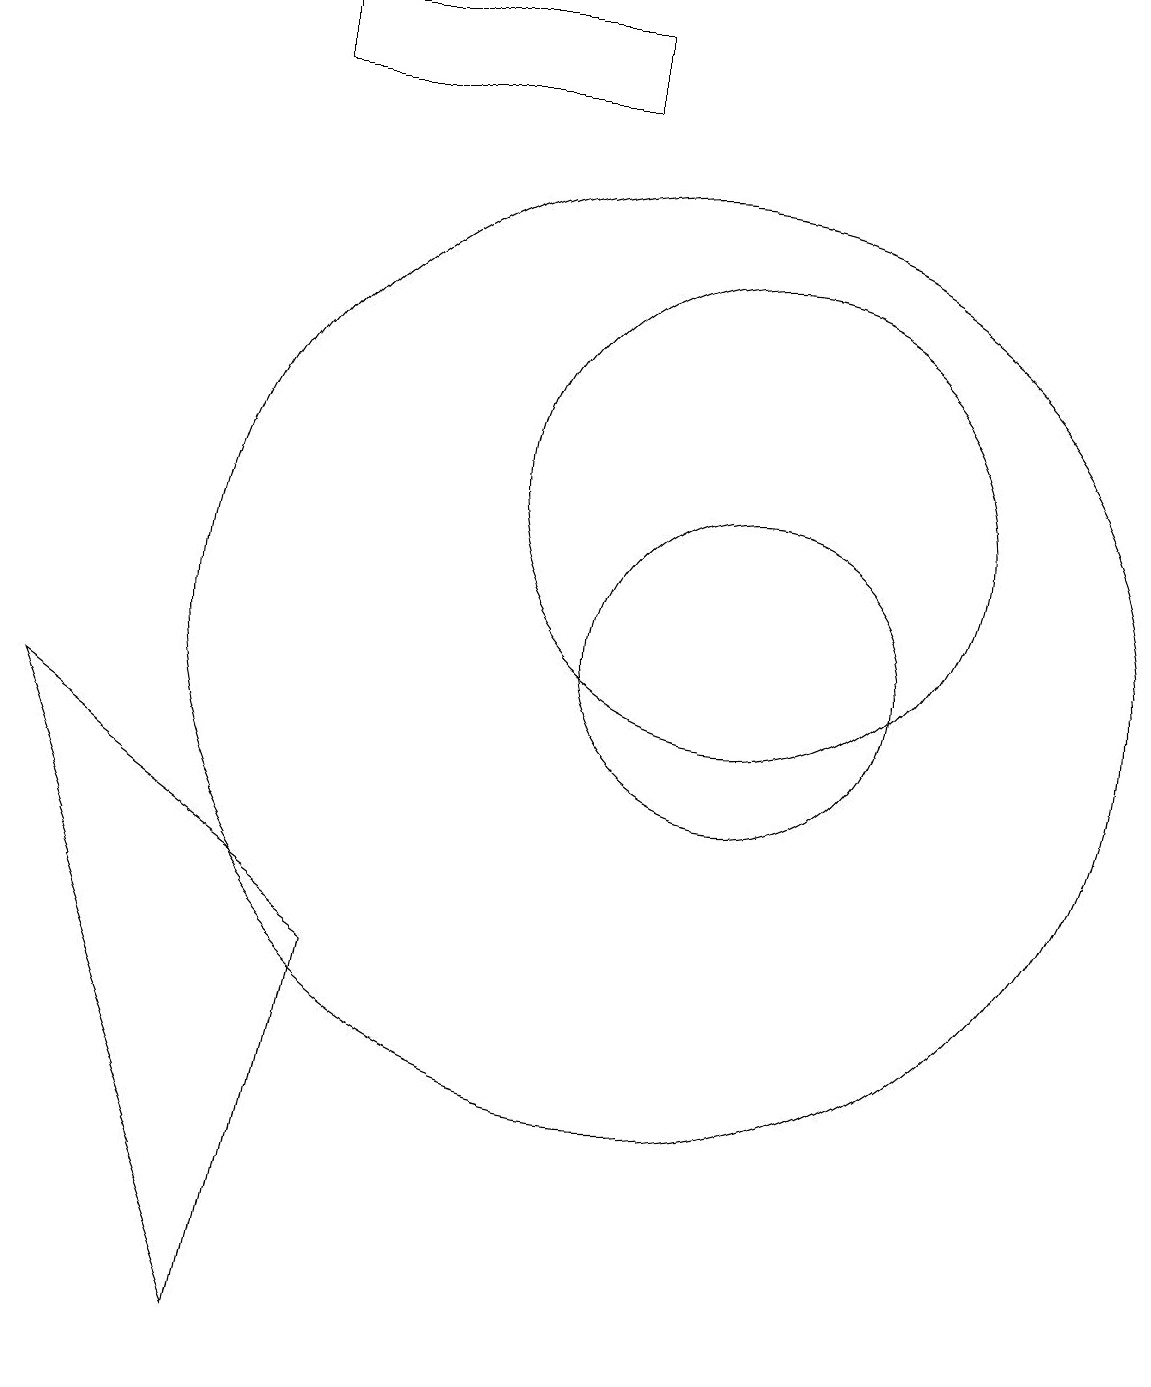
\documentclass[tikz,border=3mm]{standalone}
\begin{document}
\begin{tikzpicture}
\draw (2,9) -- (5,1) -- (6,6) -- cycle;
\draw (11,10) circle (2);
\draw (10,10) circle (6);
\draw (11,12) circle (3);
\draw (9,18) rectangle (5,17);
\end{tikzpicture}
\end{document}